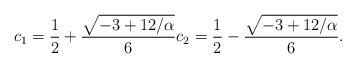
LaTeX: \begin{align*} c_1 = \frac12 + \frac{\sqrt{-3 + 12/\alpha}}{6} c_2 = \frac12 - \frac{\sqrt{-3 + 12/\alpha}}{6}.\end{align*}